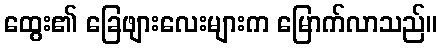
ထွေး၏ ခြေဖျားလေးများက မြောက်လာသည်။